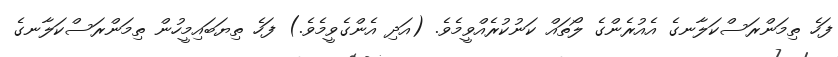
ފަހެ ތިމަންރަސްކަލާނގެ އެއުރެންގެ ލޯތައް ކަނުކުރެއްވީމެވެ. (އަދި އެންގެވީމެވެ.) ފަހެ ތިޔަބައިމީހުން ތިމަންރަސްކަލާނގެ